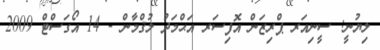
ލިޔުނީ: ސީނިއަރ ޕްރިޒަން އޮފިސަރ އަޙްމަދު ލުޤްމާން - 14 އޯގަސްޓް 2009